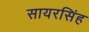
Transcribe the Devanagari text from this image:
सायरसिंह